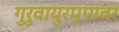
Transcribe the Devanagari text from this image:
गुरुवायुरप्पावर